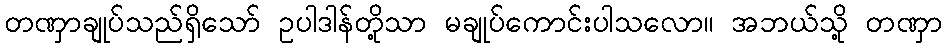
တဏှာချုပ်သည်ရှိသော် ဥပါဒါန်တို့သာ မချုပ်ကောင်းပါသလော။ အဘယ်သို့ တဏှာ